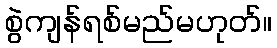
စွဲကျန်ရစ်မည်မဟုတ်။